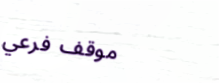
موقف فرعي